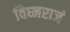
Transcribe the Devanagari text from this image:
विघ्नराजं